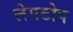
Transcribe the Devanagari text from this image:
लेपटोप